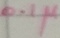
Text: 0.1µ